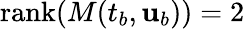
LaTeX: \mathrm{rank}(M(t_{b},{\mathbf{u}}_{b}))=2